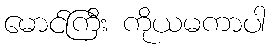
မောင်ကြီး ကိုယမကာပါ